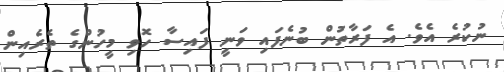
ނުކުރެ އެވެ. އެ ފަރާތުން ބުނެފައި ވަނީ ފައިސާ ހޮވި މީހުންގެ ތެރެއިން